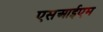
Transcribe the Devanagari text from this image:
एसआईएम